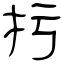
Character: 扝